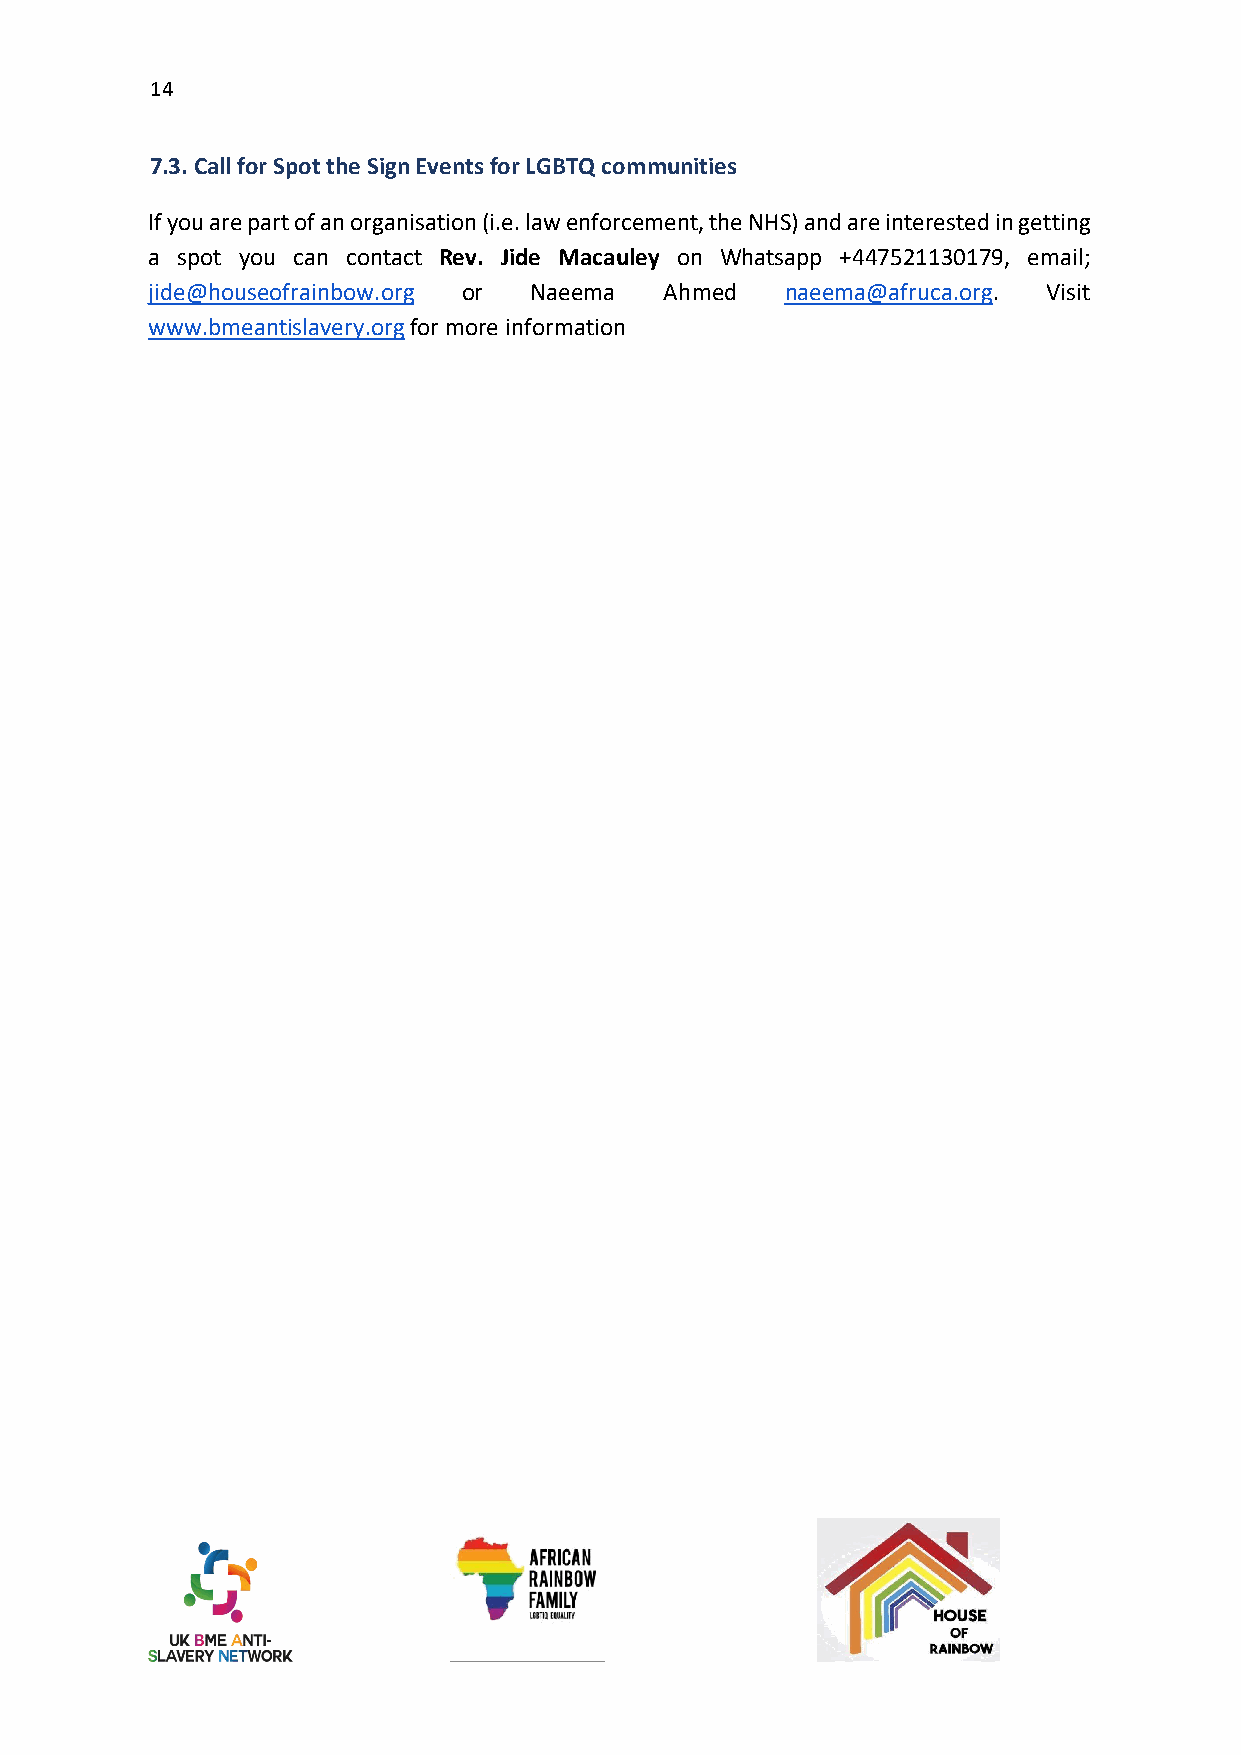
14
 7.3. Call for Spot the Sign Events for LGBTQ communities
 If you are part of an organisation (i.e. law enforcement, the NHS) and are interested in getting
 a spot you can contact Rev. Jide Macauley on Whatsapp +447521130179, email;
 jide@houseofrainbow.org or Naeema Ahmed   naeema@afruca.org. Visit
 www.bmeantislavery.org for more information